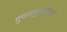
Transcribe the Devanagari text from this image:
गुणसमुच्चायामुळें